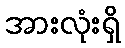
အားလုံးရှိ